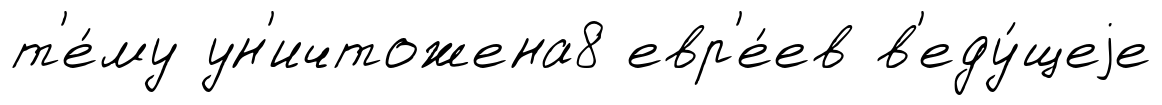
т'е́му ун'ичтожена8 евр'е́ев в'еду́щеjе